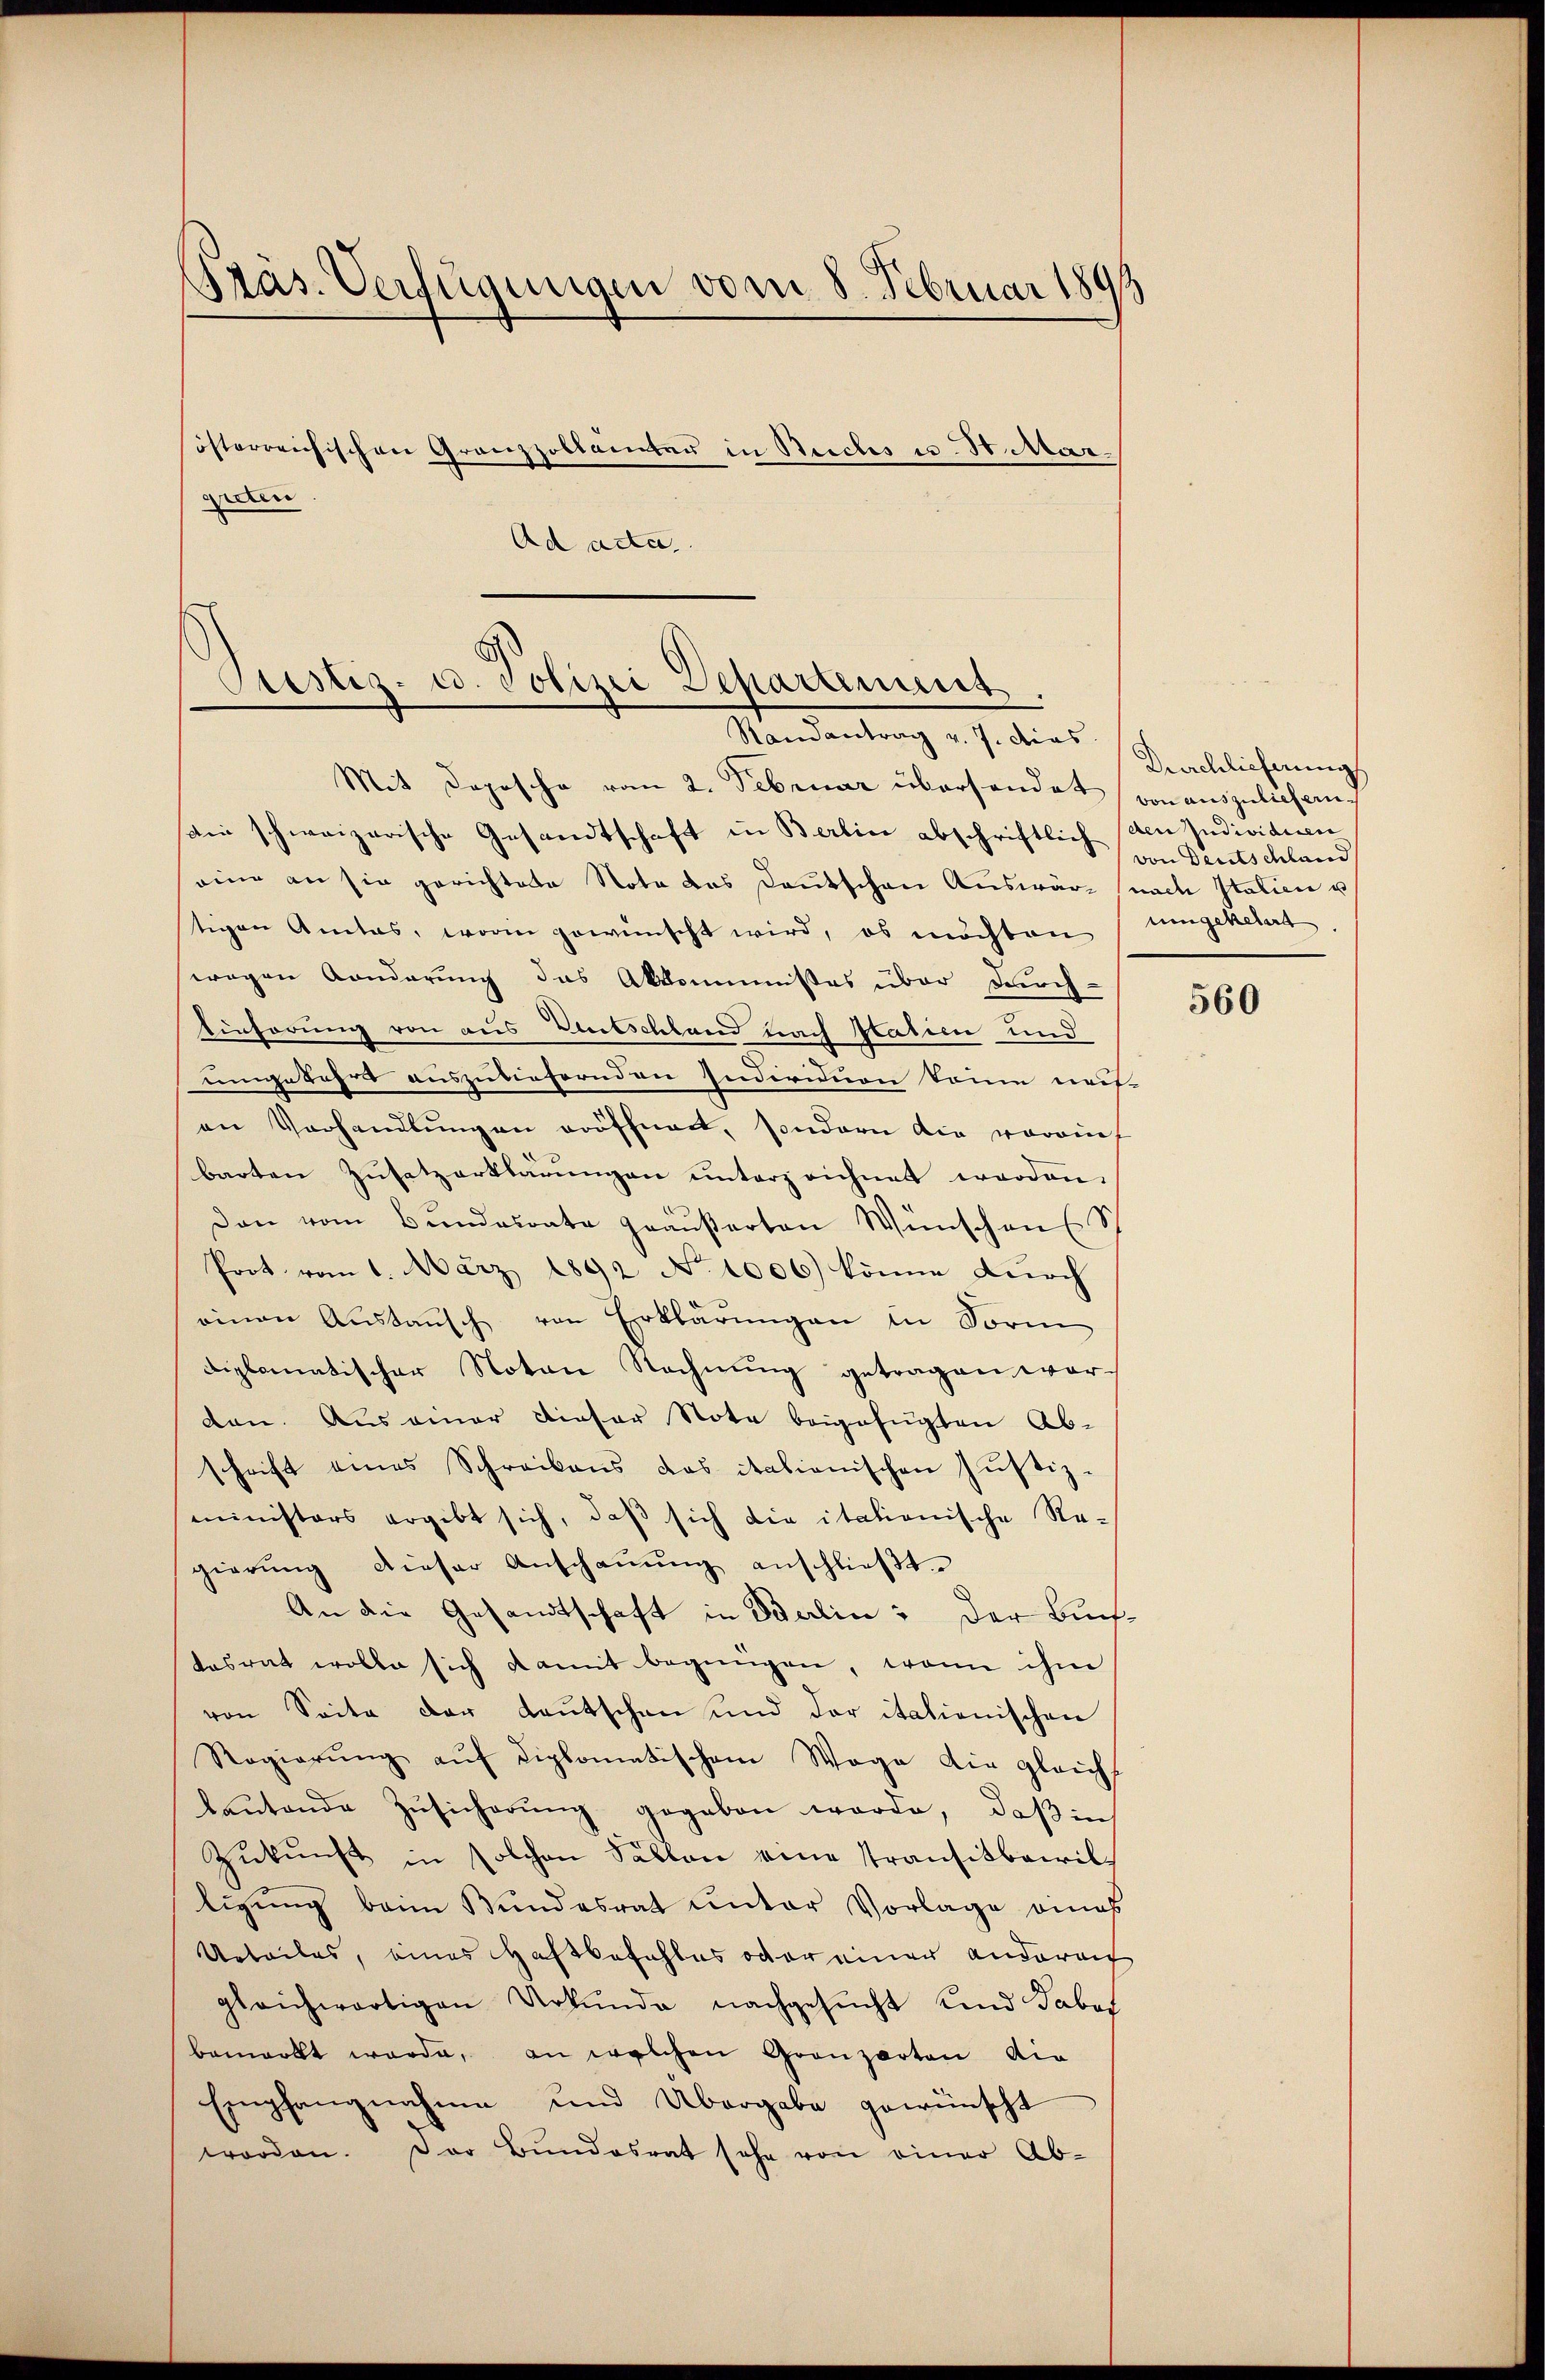
Präs. Verfügungen vom 8. Februar 1893
österreichischen Grenzzollamter in Reiches u. St. Margieten

Justiz- u. Polizei Departement.
Randantrag v. J. dies

Ad acta

Mit Depesche vom 2. Februar übersendet von auszulieferndie schweizerische Gesandtschaft in Berlin abschriftlich (den Individuen
eine an sie gerichtete Nota das Deutschen Auswär- (nach Italien u
tigen Amtes, worin gewünscht wird, es möchten
wegen Konderung das Akkommisses über durch-
Einförung von aus Entschland nach Patien und
umgekehrs auszuliefernden Individuen könne nais-
an Verhandlŭngen eröffnet, sondern die vorauf
barten Zusatzerklärungen unterzeichnet worden.
Dann vom Bundesrate geäußerten Wünschen s
Prot. vom 1. März 1892 No 1006) könne durch
einen Aŭstaŭsch von Erklärŭngen in Form
diplomatischer Noten Rechnung getragen worden. Aus einer dieser Note beigefügten Ab-
schrift eines Schreibens das italienischen Justiz-
ministers ergibt sich, daß sich die itationische Re-
gierŭng dieser Anschaŭŭng anschlieβt.
An die Gesandtschaft in Salin: Der Buch-
tasrat wolle sich damit begnügen, wenn ihm
von Seite der Lautschen und der italienischen
Regierŭng aŭf diplomatischem Wege die gleichs
baŭtende Zŭsicherŭng gegeben werde, daβ in
Zŭkŭnft in solchen Fällen eine Transitbairil-
ligung beim Bundesrat unter Vorlage eines
Urteiles, eines Haftbefohles oder einer andera
gleichwärtigen Urkunde nachgesucht und dabei
bemerkt werde, an welchen Grenzarten die
Empfangnahme und Übergabe gewünscht
worden. Der Bŭndesrat sehe von einer Ab-

Durchlicherung
von Deutschland
umgeketirt

560